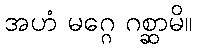
အဟံ မဂ္ဂေ ဂစ္ဆာမိ။